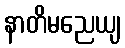
နာတိမညေယျ